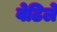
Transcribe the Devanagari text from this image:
वेढिले